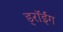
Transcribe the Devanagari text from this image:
ड्रॉईंग